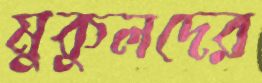
মুকুলদের